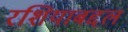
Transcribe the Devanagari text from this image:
रशियाबद्दल